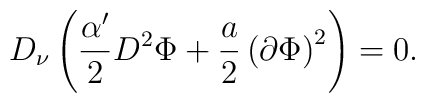
D_\nu\left( \frac{\alpha^\prime}{2} D^2 \Phi +  \frac{a}{2}\left(\partial \Phi\right)^2\right) = 0.